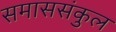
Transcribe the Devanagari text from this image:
समाससंकुल